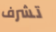
تشرف